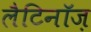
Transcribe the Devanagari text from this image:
लैटिनॉज़